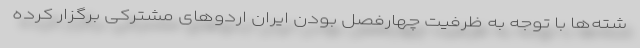
شته‌ها با توجه به ظرفیت چهارفصل بودن ایران اردوهای مشترکی برگزار کرده